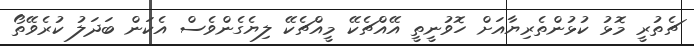
ޗެތުރީ މޮޅު ކުޅުންތެރިޔާއަށް ހޮވުނީތީ އޭއްޗެކޭ މީއްޗެކޭ ލިޔެގެންވެސް އެކަން ބަދަލު ކުރެވޭތޯ